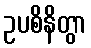
ဥပစိနိတွာ